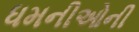
ધમનીઓની